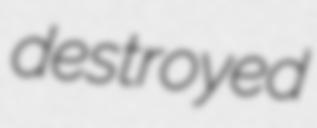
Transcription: destroyed